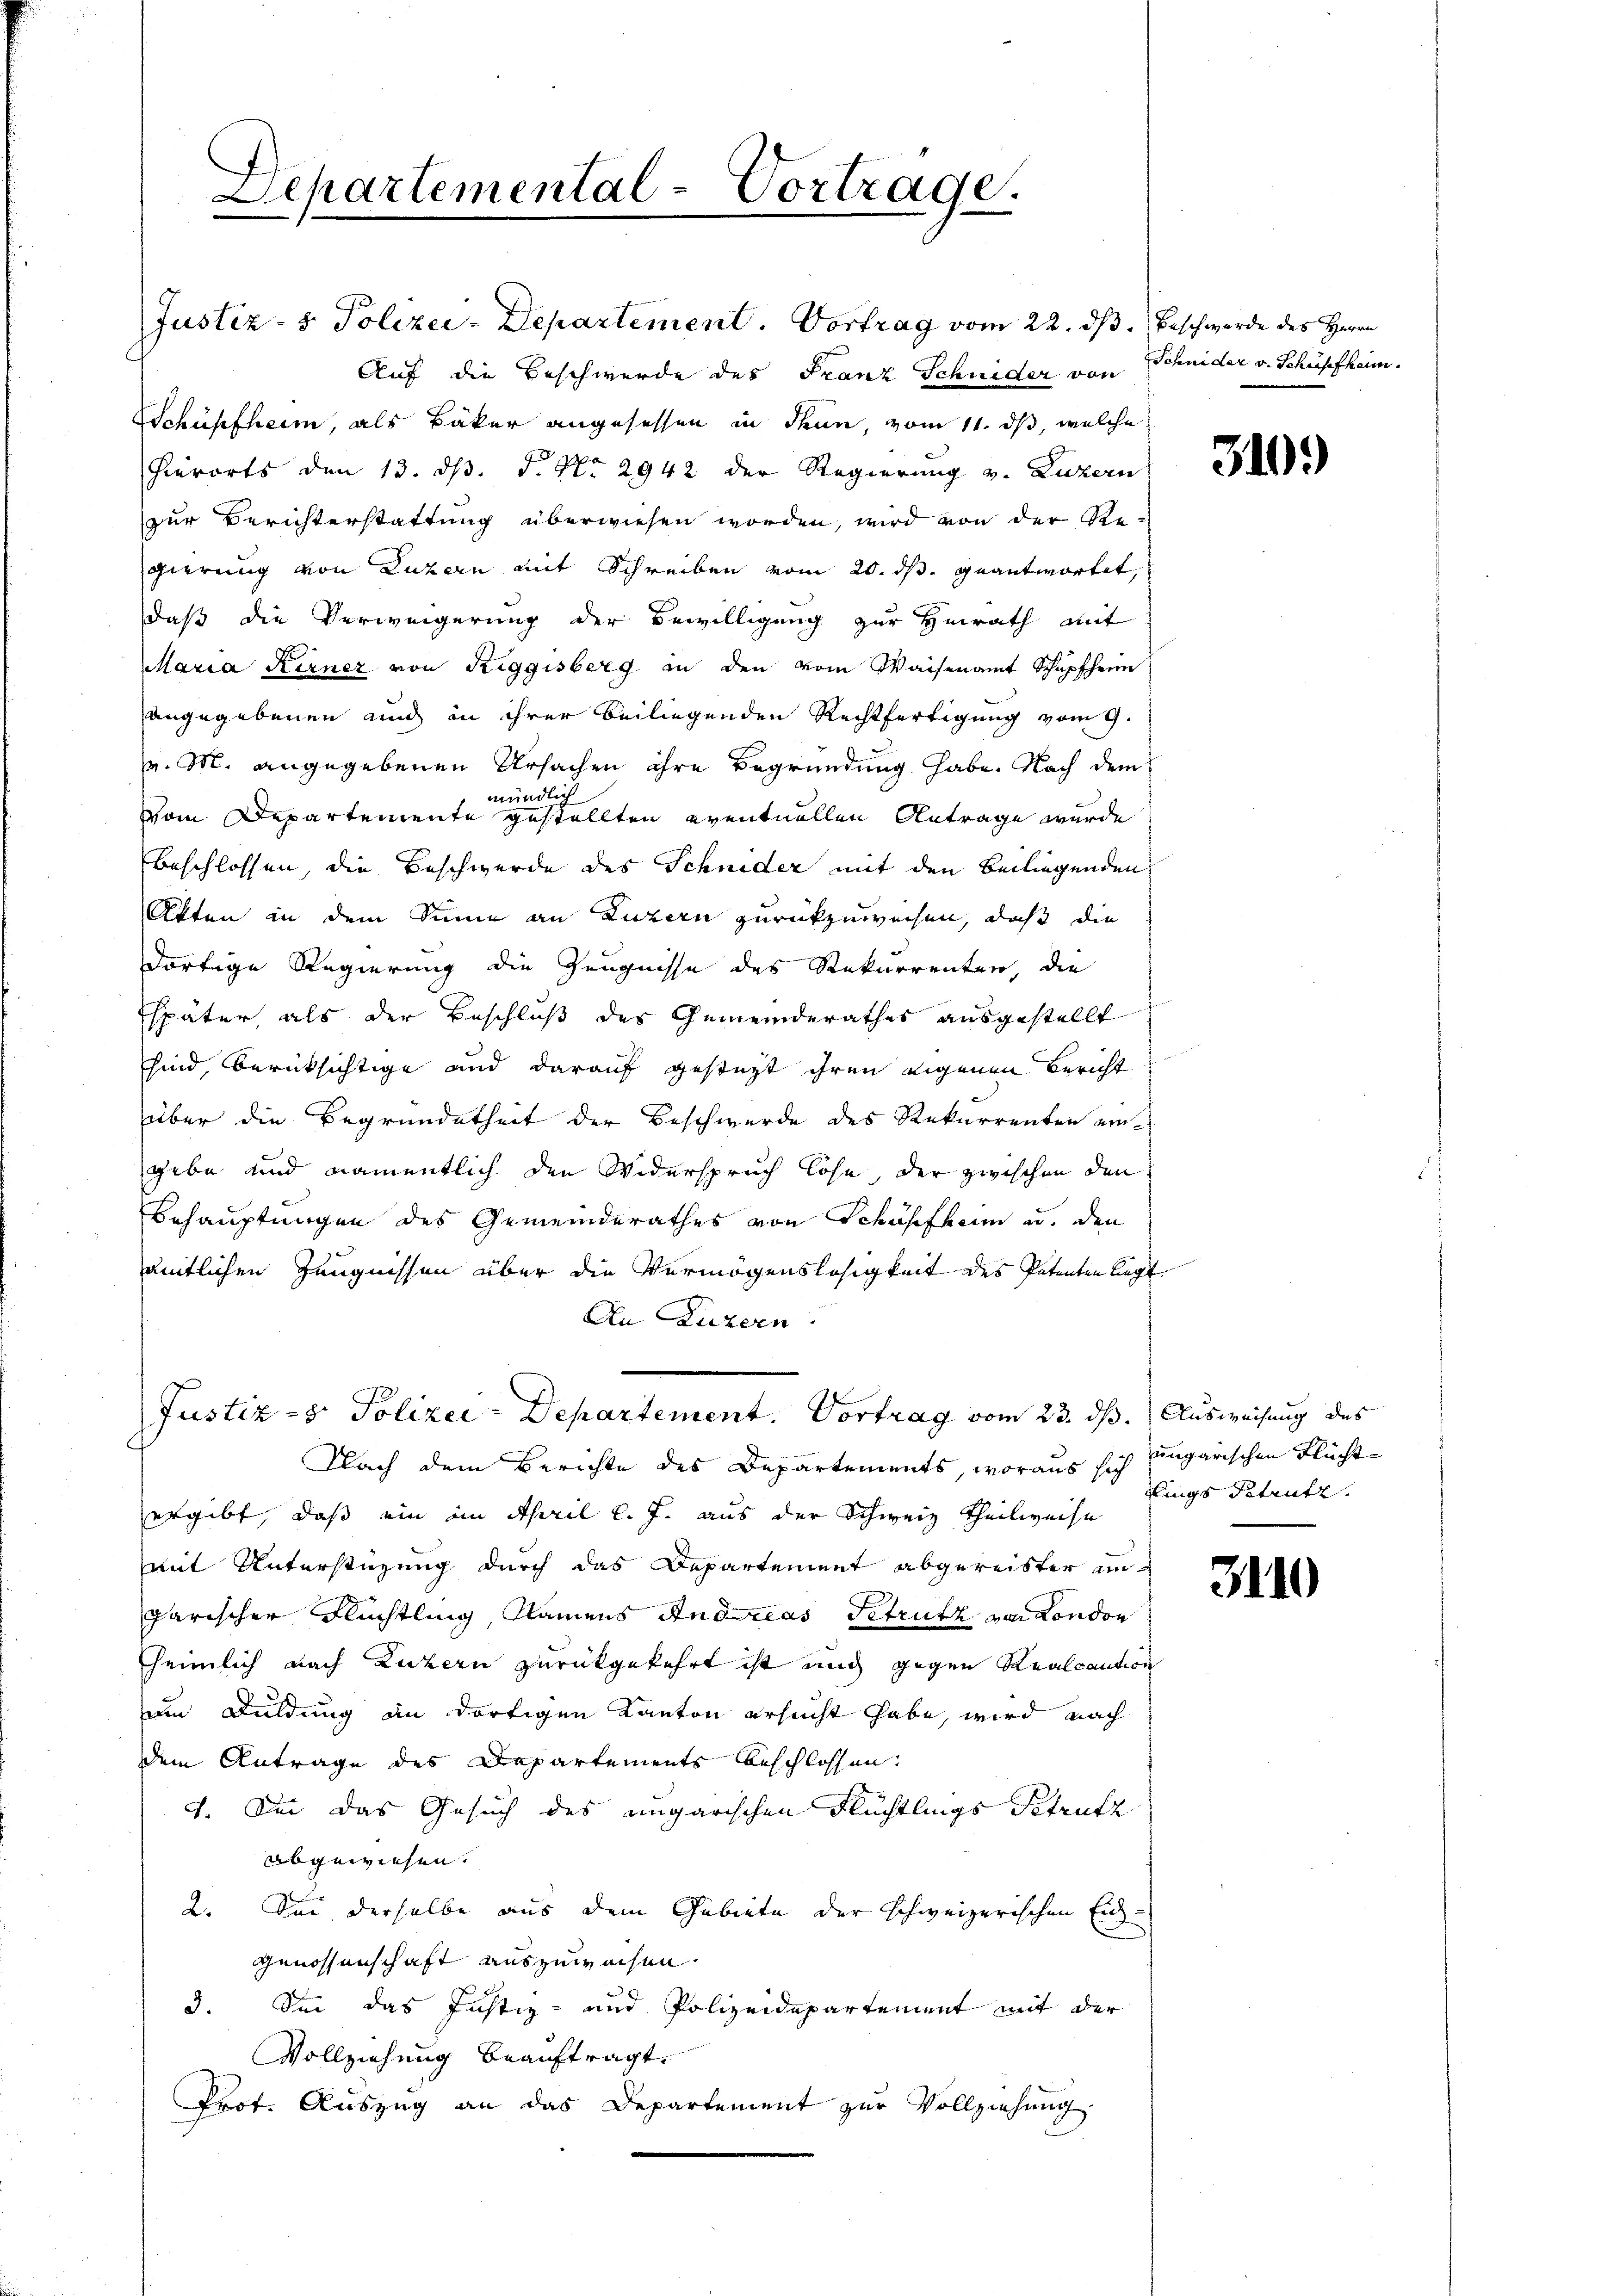
Lepartemental-Vortrage.

Justiz- & Polizei-Departement. Vortrag vom 22. dß. Beschwerde des Herrn
Auf die Beschwerde des Franz Schnider von Schnider v. Schüpfheim.
Schüpfheim, als Bäker angesessen in denn, vom 11. ds, welche
hierorts den 13. ds. 5. No 2942 der Regierung v. Luzern
zur Berichterstattung überwiesen worden, wird von der Regierung von Luzern mit Schreiben vom 20. ds. geantwortet,
daß die Verweigerung der Bewilligung zur Heirath mit
Maria Kerner von Riggisberg in den vom Waisenamt Schüpfheim
angegebenen und in ihrer beiliegenden Rechtfertigung vom 9.
v. M. angegebenen Ursachen ihre Begründung habe. Nach dem
mündlich
vom Departemente gestellten eventuellen Antrage wurde
beschlossen, die Beschwerde des Schnider mit den Berliegenden
Akten in dem Sinne an Luzern zurückzuweisen, daß die
dortige Regierung die Zeugnisse des Rekurrenten, die
Espäter, als der Beschluß des Gemeinderathes ausgestellt
sind, berücksichtige und darauf gestüzt ihren eigenen Bericht
über die Begründetheit der Beschwerde des Rekurrenten eingebe und namentlich den Widerspruch lose, der zwischen den
Behauptungen des Gemeinderathes von Schüsefheim u. den
ämtlichen Zeugnissen über die Vermögenslosigkeit des Petenten legt
An Luzern
Justiz- & Polizei-Departement. Vortrag vom 23. dß. Ausweisung des

Nach dem Berichte des Departements, woraus sich ungarischen Flüchte
ergibt, daß ein im April l. J. aus der Schweiz Theilweise
mit Unterstüzung durch das Departement abgereister un-
garischer Flüchtling, Namens Andacias Getruth von London
heimlich nach Luzern zurückgekehrt ist mich gegen Realcaution
um Duldung an dortigen Kanton ersucht habe, wird nach
dem Antrage des Departements beschlossen:
1. Sei das Gesuch des eingarischen Flüchtlings Totruft
abgewiesen.
2. Sei derselbe aus dem Gebiete der schweizerischen Ein¬
Genossenschaft auszuwachen
3. Sei das Justiz- und Polizeidepartement mit der
Vollziehung beauftragt.
Prot. Auszug an das Departement zur Vollziehung

310.

dlings Petrutz.

3110